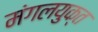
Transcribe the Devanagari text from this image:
मंगलयुक्त